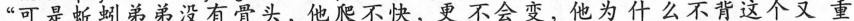
“可是蚯蚓弟弟没有骨头，他爬不快，更不会变，他为什么不背这个又重